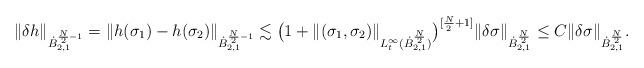
LaTeX: \begin{align*} \Vert \delta h\Vert_{\dot{B}^{\frac{N}{2}-1}_{2,1}} = \|h(\sigma_1) -h(\sigma_2)\|_{\dot{B}^{\frac{N}{2}-1}_{2,1}} \lesssim \big(1+ \|(\sigma_1,\sigma_2)\|_{L^\infty_t(\dot{B}^{\frac{N}{2}}_{2,1})}\big)^{[\frac{N}{2}+1]} \Vert \delta \sigma\Vert_{\dot{B}^{\frac{N}{2}}_{2,1}} \le C \Vert \delta \sigma\Vert_{\dot{B}^{\frac{N}{2}}_{2,1}}.\end{align*}